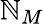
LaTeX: \mathbb{N}_{M}